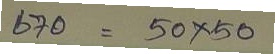
670 = 50x50